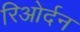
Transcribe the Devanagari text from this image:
रिओर्दन